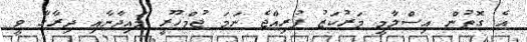
އެ ގޮތުން އިސްލާމީ މަރުކަޒު ފުރިއްޖެ ނަމަ ޖުމްހޫރީ މައިދާނާއި ދިރާގާ ވީ